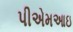
પીએમઆઇ